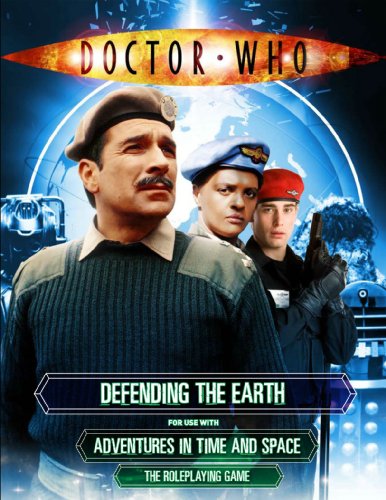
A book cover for Defending the Earth: The UNIT Sourcebook (Doctor Who); David F. Chapman; Science Fiction & Fantasy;